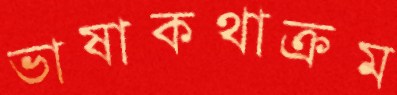
ভাষাকথাক্রম